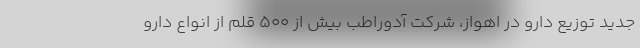
جدید توزیع دارو در اهواز، شرکت آدوراطب بیش از 500 قلم از انواع دارو